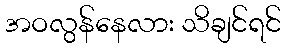
အဝလွန်နေလား သိချင်ရင်